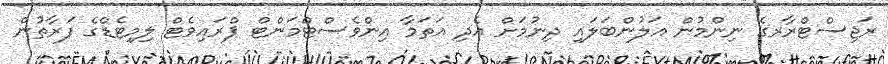
ރަޖިސްޓްރާރގެ ނިންމުން އަލުންބަލައި ދިނުމަށް އެދި އަތަމާ އިންވެސްޓްމަންޓް ޕްރައިވެޓް ލިމިޓެޑްގެ ފަރާތުން